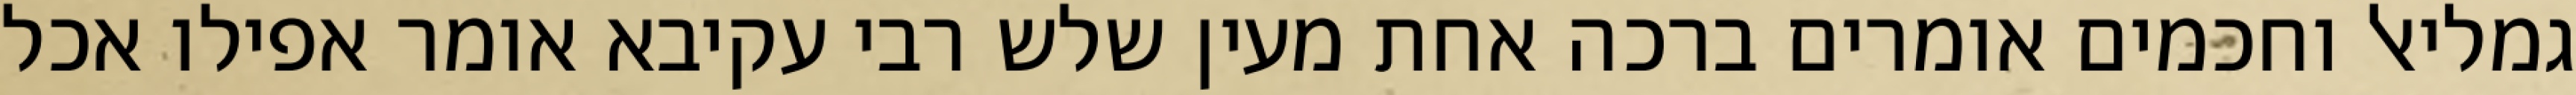
גמליאל וחכמים אומרים ברכה אחת מעין שלש רבי עקיבא אומר אפילו אכל